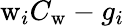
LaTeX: \mathrm{w}_{i}C_{\mathrm{w}}-g_{i}